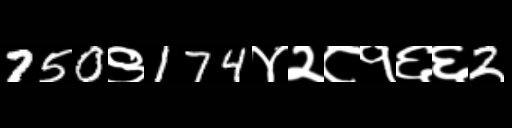
Text: 750९174४२८१६६2